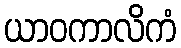
ယာဝကာလိကံ